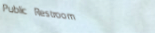
Public Restroom